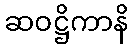
ဆဝဋ္ဌိကာနိ